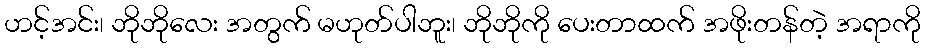
ဟင့်အင်း၊ ဘိုဘိုလေး အတွက် မဟုတ်ပါဘူး၊ ဘိုဘိုကို ပေးတာထက် အဖိုးတန်တဲ့ အရာကို